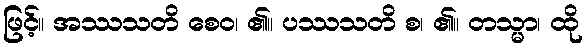
ဖြင့်။ အဿသတိ စေဝ၊ ၏။ ပဿသတိ စ၊ ၏။ တသ္မာ၊ ထို